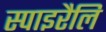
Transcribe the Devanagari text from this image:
स्पाइरैलि